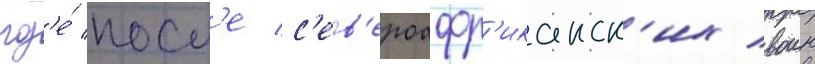
гд'е́ посл'е с'ев'ероафр'иканск'их воин